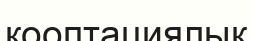
кооптациялық